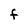
Character: F